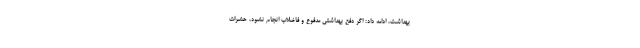
بهداشت، ادامه داد: اگر دفع بهداشتی مدفوع و فاضلاب انجام نشود، حشرات